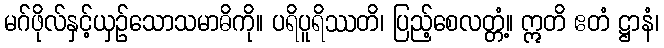
မဂ်ဖိုလ်နှင့်ယှဉ်သောသမာဓိကို။ ပရိပူရိဿတိ၊ ပြည့်စေလတ္တံ့။ ဣတိ ဧတံ ဋ္ဌာနံ၊